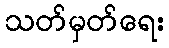
သတ်မှတ်ရေး